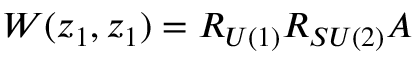
W ( z _ { 1 } , z _ { 1 } ) = R _ { U ( 1 ) } R _ { S U ( 2 ) } A